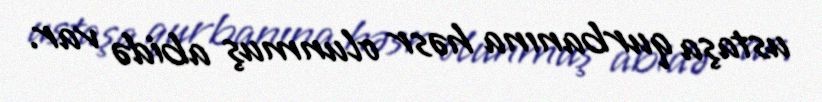
ustaşa qurbanına həsr olunmuş abidə var.